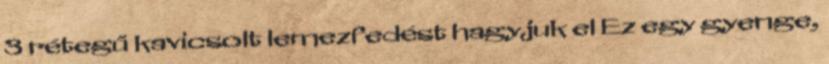
3 rétegű kavicsolt lemezfedést hagyjuk el Ez egy gyenge,